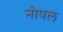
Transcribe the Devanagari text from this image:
नोपल